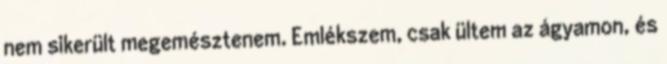
nem sikerült megemésztenem. Emlékszem, csak ültem az ágyamon, és